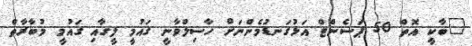
"ބާކީ އޮތް 50 ޕަސެންޓް އަޅުގަނޑުމެންނަށް ހާސިލްވާނީ ގައުމީ ލީގާއި ގައުމީ މުބާރާތް